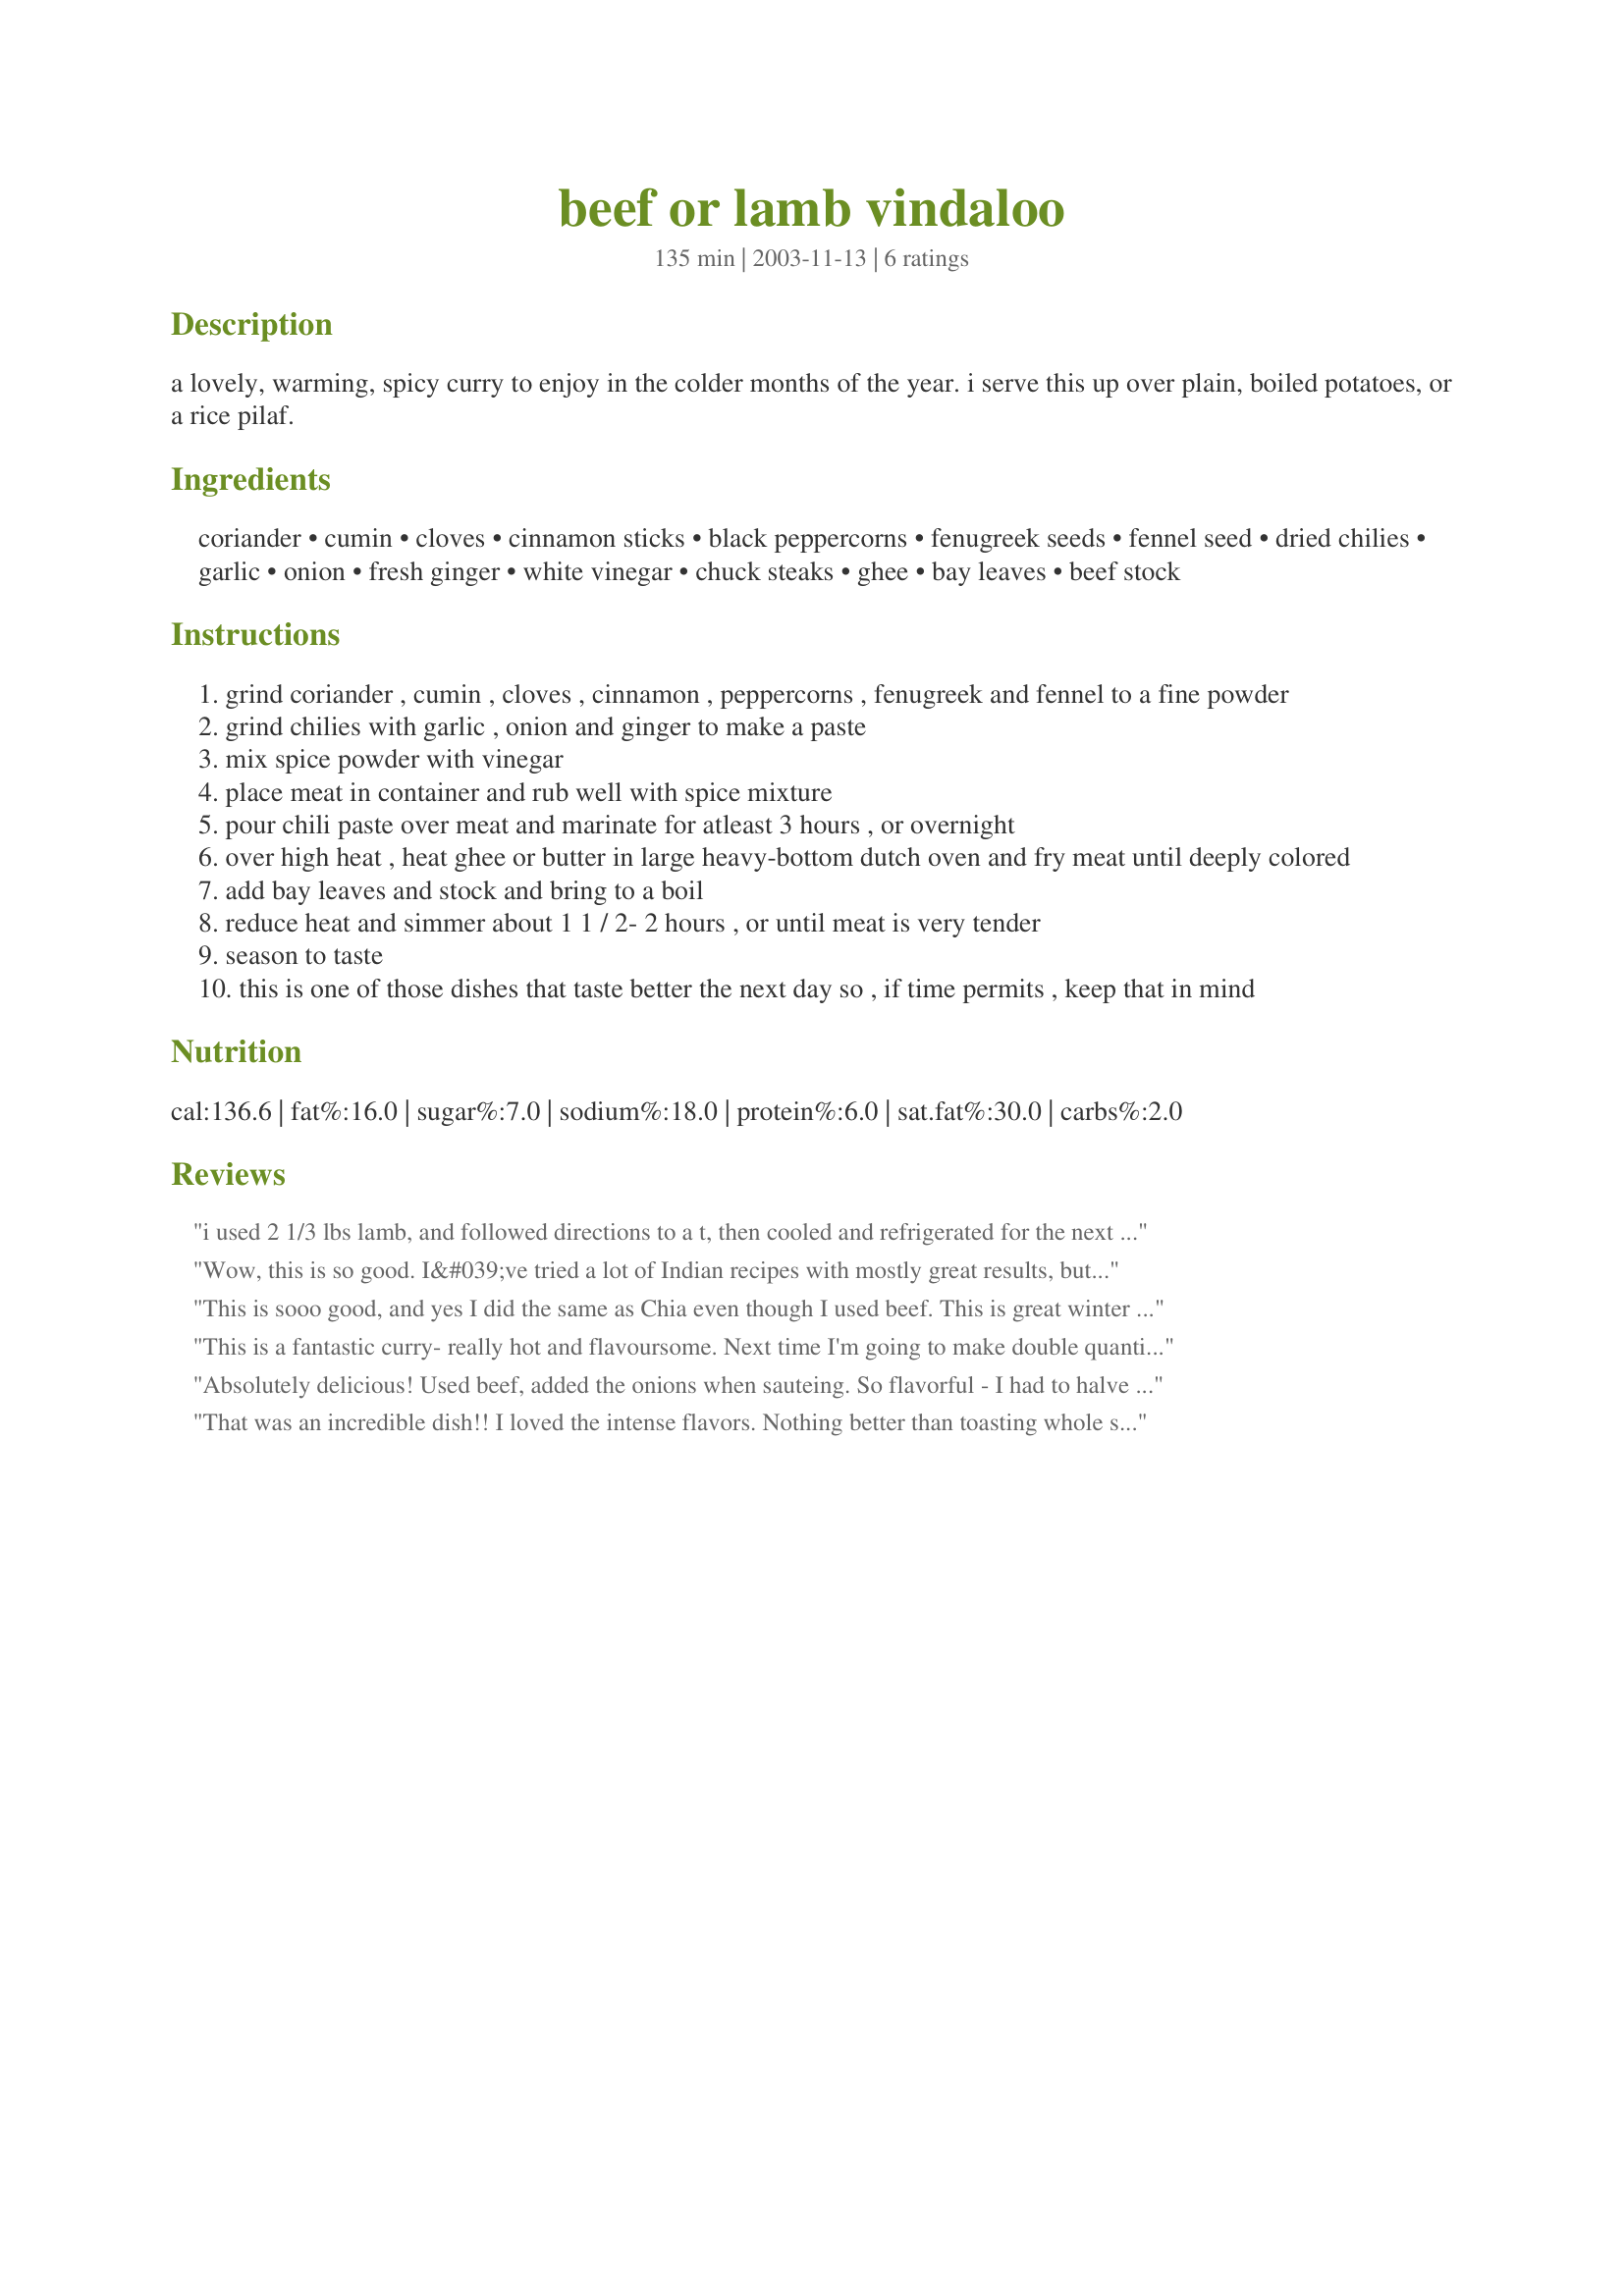
beef or lamb vindaloo
Preparation time: 135 minutes

a lovely, warming, spicy curry to enjoy in the colder months of the year. i serve this up over plain, boiled potatoes, or a rice pilaf.

Ingredients:
coriander, cumin, cloves, cinnamon sticks, black peppercorns, fenugreek seeds, fennel seed, dried chilies, garlic, onion, fresh ginger, white vinegar, chuck steaks, ghee, bay leaves, beef stock

Steps:
grind coriander , cumin , cloves , cinnamon , peppercorns , fenugreek and fennel to a fine powder
grind chilies with garlic , onion and ginger to make a paste
mix spice powder with vinegar
place meat in container and rub well with spice mixture
pour chili paste over meat and marinate for atleast 3 hours , or overnight
over high heat , heat ghee or butter in large heavy-bottom dutch oven and fry meat until deeply colored
add bay leaves and stock and bring to a boil
reduce heat and simmer about 1 1 / 2- 2 hours , or until meat is very tender
season to taste
this is one of those dishes that taste better the next day so , if time permits , keep that in mind

Reviews:
i used 2 1/3 lbs lamb, and followed directions to a t, then cooled and refrigerated for the next day. and i am so glad i did! there was a thick layer of fat atop which was easily removed, practically in 1 piece, and the flavor was concentrated,just so pungent and tasty. the lamb literally melted in our mouths. i served this over basmati rice, wonderful main course!
Wow, this is so good. I&#039;ve tried a lot of Indian recipes with mostly great results, but the vindaloos I&#039;ve made never really turned out as great as I&#039;d have hoped. This recipe is a real keeper though. I spread the cooking process out over three days: I marinated the beef the first day, cooked it on the second, and reheated it on the third. I ended up with a delicious curry that was more than worth the wait. Thanks for sharing!
This is sooo good, and yes I did the same as Chia even though I used beef. This is great winter food. Scoop it up from a bowl with naan.
This is a fantastic curry- really hot and flavoursome. Next time I'm going to make double quantity so there are leftovers for lunches.
Absolutely delicious! Used beef, added the onions when sauteing. So flavorful - I had to halve the chilies, because I can't tolerate more (love them, but they hate me...) and still great. Sprinkled with cilantro for color and flavor. Serve on a pilaf of peas and brown rice.
That was an incredible dish!! I loved the intense flavors. Nothing better than toasting whole spices and grind them up fresh! It really makes a difference!

I served this over plain rice.
